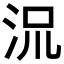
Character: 𬇡